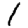
Digit: 1